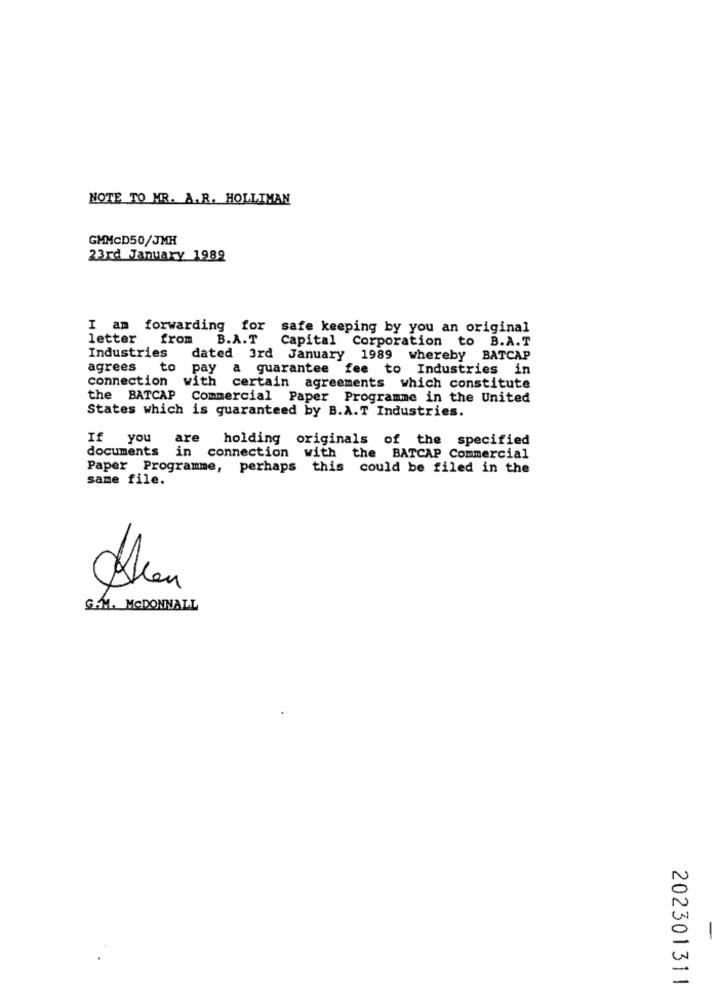
NOTE TO MR. A.R. HOLLIMAN
GMMCD50/JMH
23rd January 1982
I am forwarding for safe keeping by you an original
letter from B.A.T
Capital Corporation to B.A.T
Industries
dated 3rd January 1989 whereby BATCAP
agrees
to pay
a guarantee fee to Industries in
connection with certain agreements which constitute
the BATCAP Commercial Paper Programme in the United
States which is guaranteed by B.A.T Industries.
If you
are
holding originals of the specified
documents
in connection with the BATCAP Commercial
Paper Programme, perhaps this could be filed in the
same file.
GHMM. MCDONNALL
-
202301311